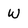
Character: w